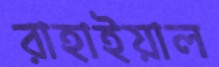
রাহাইয়াল